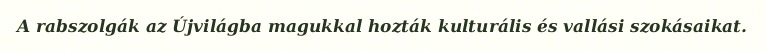
A rabszolgák az Újvilágba magukkal hozták kulturális és vallási szokásaikat.